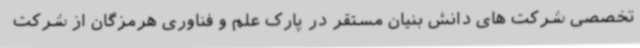
تخصصی شرکت های دانش بنیان مستقر در پارک علم و فناوری هرمزگان از شرکت